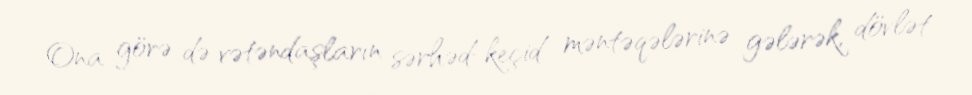
Ona görə də vətəndaşların sərhəd-keçid məntəqələrinə gələrək, dövlət